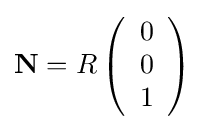
{\mathbf {N} }=R\left({\begin{array}{c}0\\0\\1\end{array}}\right)